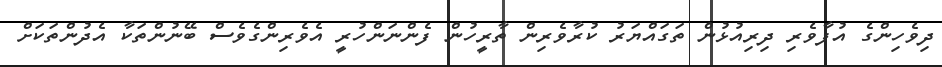
ދިވެހިންގެ އުފާވެރި ދިރިއުޅުން ތަގައްޔަރު ކުރާވެރިން ތާރީހުން ފެންނަންހުރީ އެވެރިންގެވެސް ބޭނުންތަކާ އެދުންތަކަށް